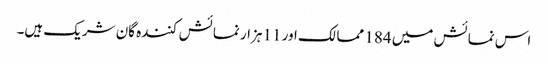
اس نمائش میں 184 ممالک اور 11 ہزار نمائش کنندہ گان شریک ہیں۔